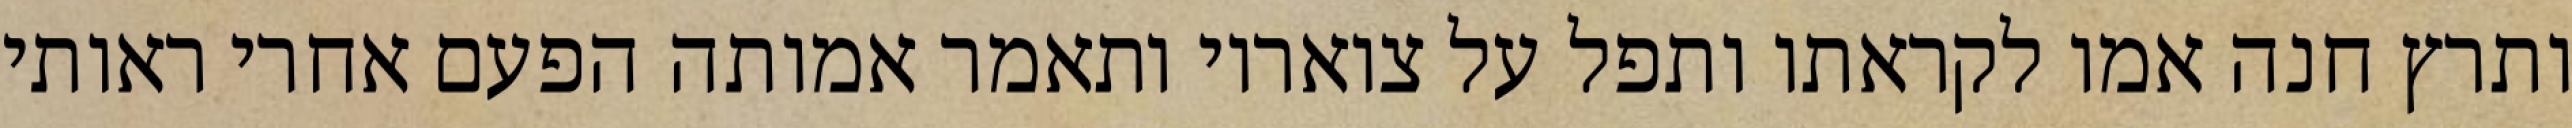
ותרץ חנה אמו לקראתו ותפל על צואריו ותאמר אמותה הפעם אחרי ראותי